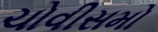
ચોવીસમો